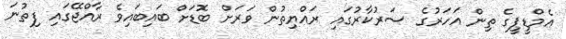
އެމްޑީޕީގެ ތިން އަހަރުގެ ސަރުކާރުގައި ރައްޔިތުން ވަރަށް ބޮޑަށް ބައިބައިވެ ރާއްޖޭގައި ފިތުނަ